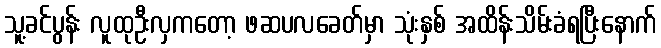
သူ့ခင်ပွန်း လူထုဦးလှကတော့ ဖဆပလခေတ်မှာ သုံးနှစ် အထိန်းသိမ်းခံရပြီးနောက်